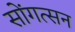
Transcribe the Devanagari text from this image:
सोंगत्सन